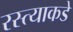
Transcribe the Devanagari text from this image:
रस्त्याकडे